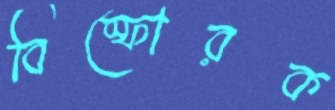
বিস্ফোরক